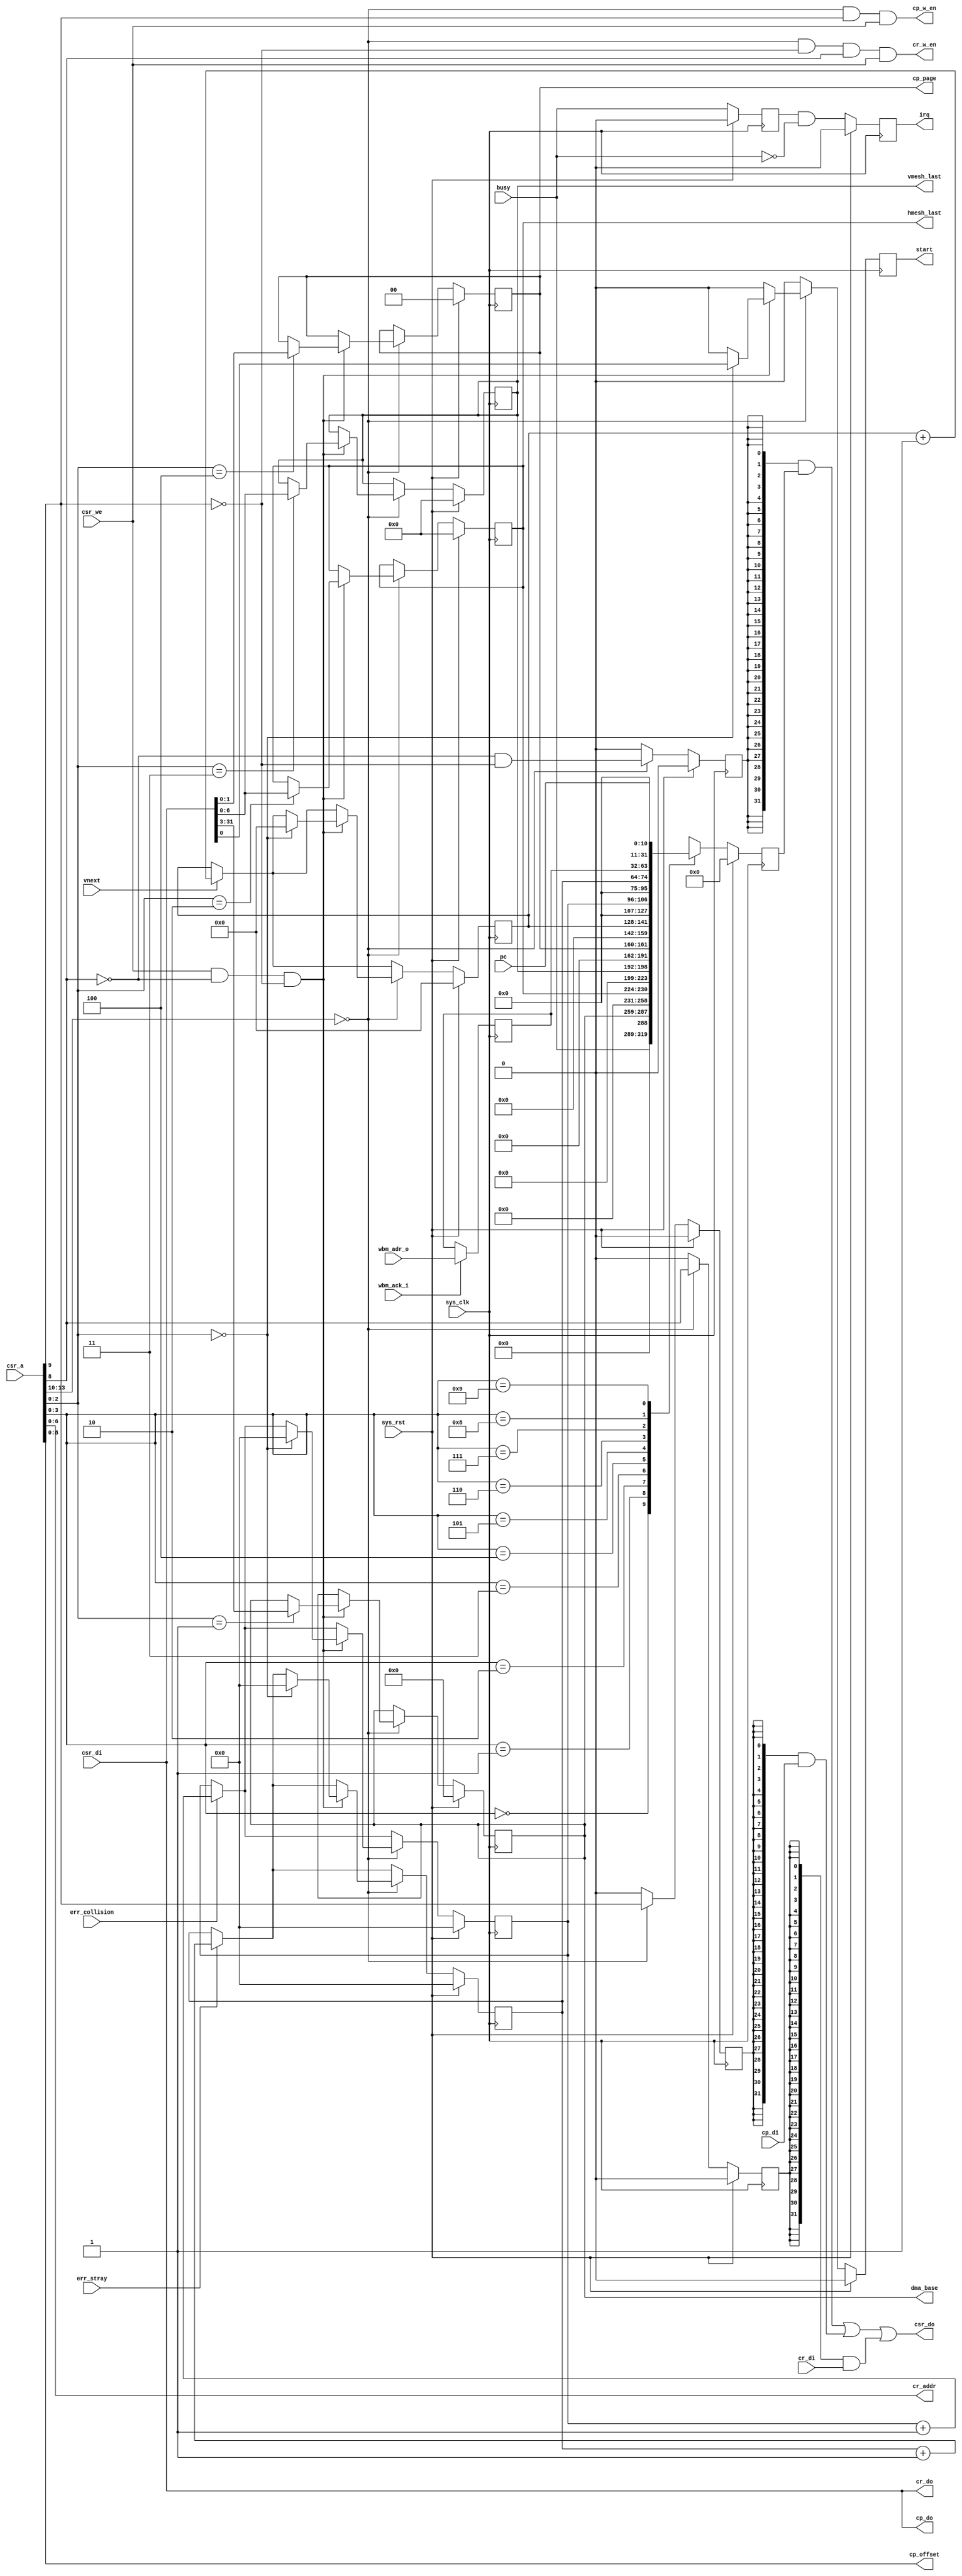
module pfpu_ctlif #(
	parameter csr_addr = 4'h0
) (
	input sys_clk,
	input sys_rst,
	input [13:0] csr_a,
	input csr_we,
	input [31:0] csr_di,
	output [31:0] csr_do,
	output reg irq,
	output reg start,
	input busy,
	output reg [28:0] dma_base,
	output reg [6:0] hmesh_last,
	output reg [6:0] vmesh_last,
	output [6:0] cr_addr,
	input [31:0] cr_di,
	output [31:0] cr_do,
	output cr_w_en,
	output reg [1:0] cp_page,
	output [8:0] cp_offset,
	input [31:0] cp_di,
	output [31:0] cp_do,
	output cp_w_en,
	input vnext,
	input err_collision,
	input err_stray,
	input [10:0] pc,
	input [31:0] wbm_adr_o,
	input wbm_ack_i
);
reg [31:0] last_dma;
always @(posedge sys_clk)
	if(wbm_ack_i)
		last_dma <= wbm_adr_o;
reg old_busy;
always @(posedge sys_clk) begin
	if(sys_rst)
		old_busy <= 1'b0;
	else
		old_busy <= busy;
end
reg [13:0] vertex_counter;
reg [10:0] collision_counter;
reg [10:0] stray_counter;
wire csr_selected = csr_a[13:10] == csr_addr;
reg [31:0] csr_do_r;
reg csr_do_cont;
reg csr_do_regf;
reg csr_do_prog;
always @(posedge sys_clk) begin
	if(sys_rst) begin
		csr_do_r <= 32'd0;
		csr_do_cont <= 1'b0;
		csr_do_regf <= 1'b0;
		csr_do_prog <= 1'b0;
		irq <= 1'b0;
		start <= 1'b0;
		dma_base <= 29'd0;
		hmesh_last <= 7'd0;
		vmesh_last <= 7'd0;
		cp_page <= 2'd0;
		vertex_counter <= 14'd0;
		collision_counter <= 11'd0;
		stray_counter <= 11'd0;
	end else begin
		irq <= old_busy & ~busy;
		if(vnext) vertex_counter <= vertex_counter + 14'd1;
		if(err_collision) collision_counter <= collision_counter + 11'd1;
		if(err_stray) stray_counter <= stray_counter + 11'd1;
		csr_do_cont <= 1'b0;
		csr_do_prog <= 1'b0;
		csr_do_regf <= 1'b0;
		start <= 1'b0;
		case(csr_a[3:0])
			4'b0000: csr_do_r <= busy;
			4'b0001: csr_do_r <= {dma_base, 3'b000};
			4'b0010: csr_do_r <= hmesh_last;
			4'b0011: csr_do_r <= vmesh_last;
			4'b0100: csr_do_r <= cp_page;
			4'b0101: csr_do_r <= vertex_counter;
			4'b0110: csr_do_r <= collision_counter;
			4'b0111: csr_do_r <= stray_counter;
			4'b1000: csr_do_r <= last_dma;
			4'b1001: csr_do_r <= pc;
			default: csr_do_r <= 32'bx;
		endcase
		if(csr_selected) begin
			csr_do_cont <= ~csr_a[8] & ~csr_a[9];
			csr_do_regf <= csr_a[8];
			csr_do_prog <= csr_a[9];
			if(
				csr_we		
				& ~csr_a[8]	
				& ~csr_a[9]	
				)
			begin
				case(csr_a[2:0])
					3'b000: begin
						start <= csr_di[0];
						vertex_counter <= 14'd0;
						collision_counter <= 11'd0;
						stray_counter <= 11'd0;
					end
					3'b001: dma_base <= csr_di[31:3];
					3'b010: hmesh_last <= csr_di[6:0];
					3'b011: vmesh_last <= csr_di[6:0];
					3'b100: cp_page <= csr_di[1:0];
					default:;
				endcase
			end
		end
	end
end
assign csr_do =
	 ({32{csr_do_cont}} & csr_do_r)
	|({32{csr_do_prog}} & cp_di)
	|({32{csr_do_regf}} & cr_di);
assign cp_offset = csr_a[8:0];
assign cp_w_en = csr_selected & csr_a[9] & csr_we;
assign cp_do = csr_di;
assign cr_addr = csr_a[6:0];
assign cr_w_en = csr_selected & ~csr_a[9] & csr_a[8] & csr_we;
assign cr_do = csr_di;
endmodule